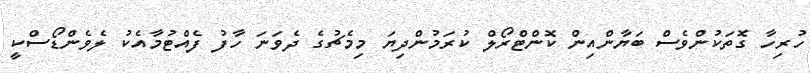
ހުރިހާ ގޮތަކުންވެސް ބަޔާންއިން ކޮންޓްރޯލް ކުރަމުންދިޔަ މިމެޗުގެ ދެވަނަ ހާފު ފެއްޓުމާއެކު ލެވެންޑޯސްކީ